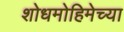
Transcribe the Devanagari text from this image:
शोधमोहिमेच्या